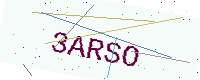
Text: 3ARSO